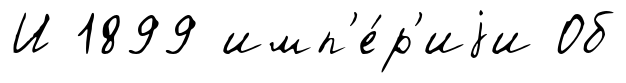
И 1899 имп'е́р'иjи Об